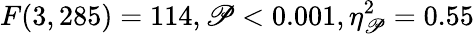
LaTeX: F(3,285)=114,\mathscr{P}<0.001,\eta_{\mathscr{P}}^{2}=0.55